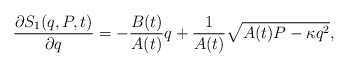
\begin{align*}\frac{\partial S_{1}(q,P,t)}{\partial q}=-\frac{B(t)}{A(t)}q+\frac{1}{A(t)}\sqrt{A(t)P-\kappa q^{2}},\end{align*}